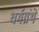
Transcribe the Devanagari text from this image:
धर्मग्रंथें